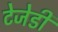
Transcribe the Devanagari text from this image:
टेजेडी